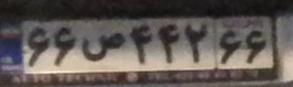
۶۶ص۴۴۲۶۶